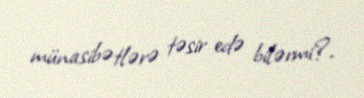
münasibətlərə təsir edə bilərmi?.